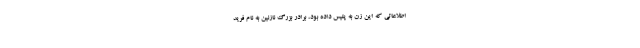
اطلاعاتی که این زن به پلیس داده بود، برادر بزرگ نازنین به نام فرید